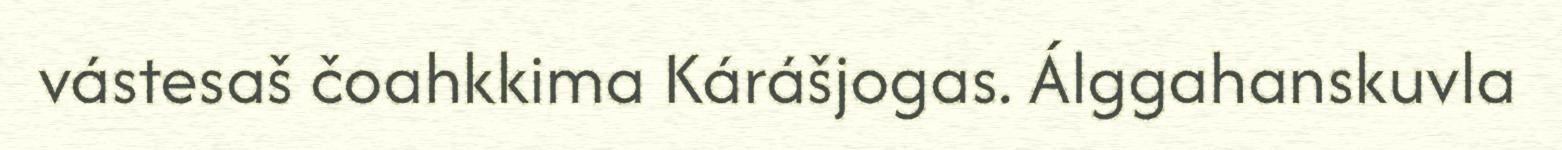
vástesaš čoahkkima Kárášjogas. Álggahanskuvla